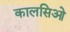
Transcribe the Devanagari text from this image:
कालसिओ